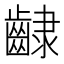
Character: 𮯊